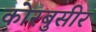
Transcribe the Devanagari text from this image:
कोरबुसीर